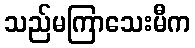
သည်မကြာသေးမီက